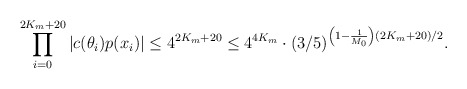
\begin{align*}\prod \limits_{i=0}^{2K_m + 20} |c(\theta_i)p(x_i)| \leq 4^{2K_m + 20} \leq 4^{4K_m} \cdot (3/5)^{\left(1 - \frac1{M_0} \right)(2K_m + 20)/2}.\end{align*}